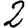
Digit: 2